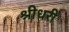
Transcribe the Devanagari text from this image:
श्रीधरी